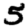
Digit: 5